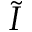
\tilde { I }